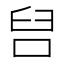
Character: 𭇦